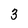
Character: 3